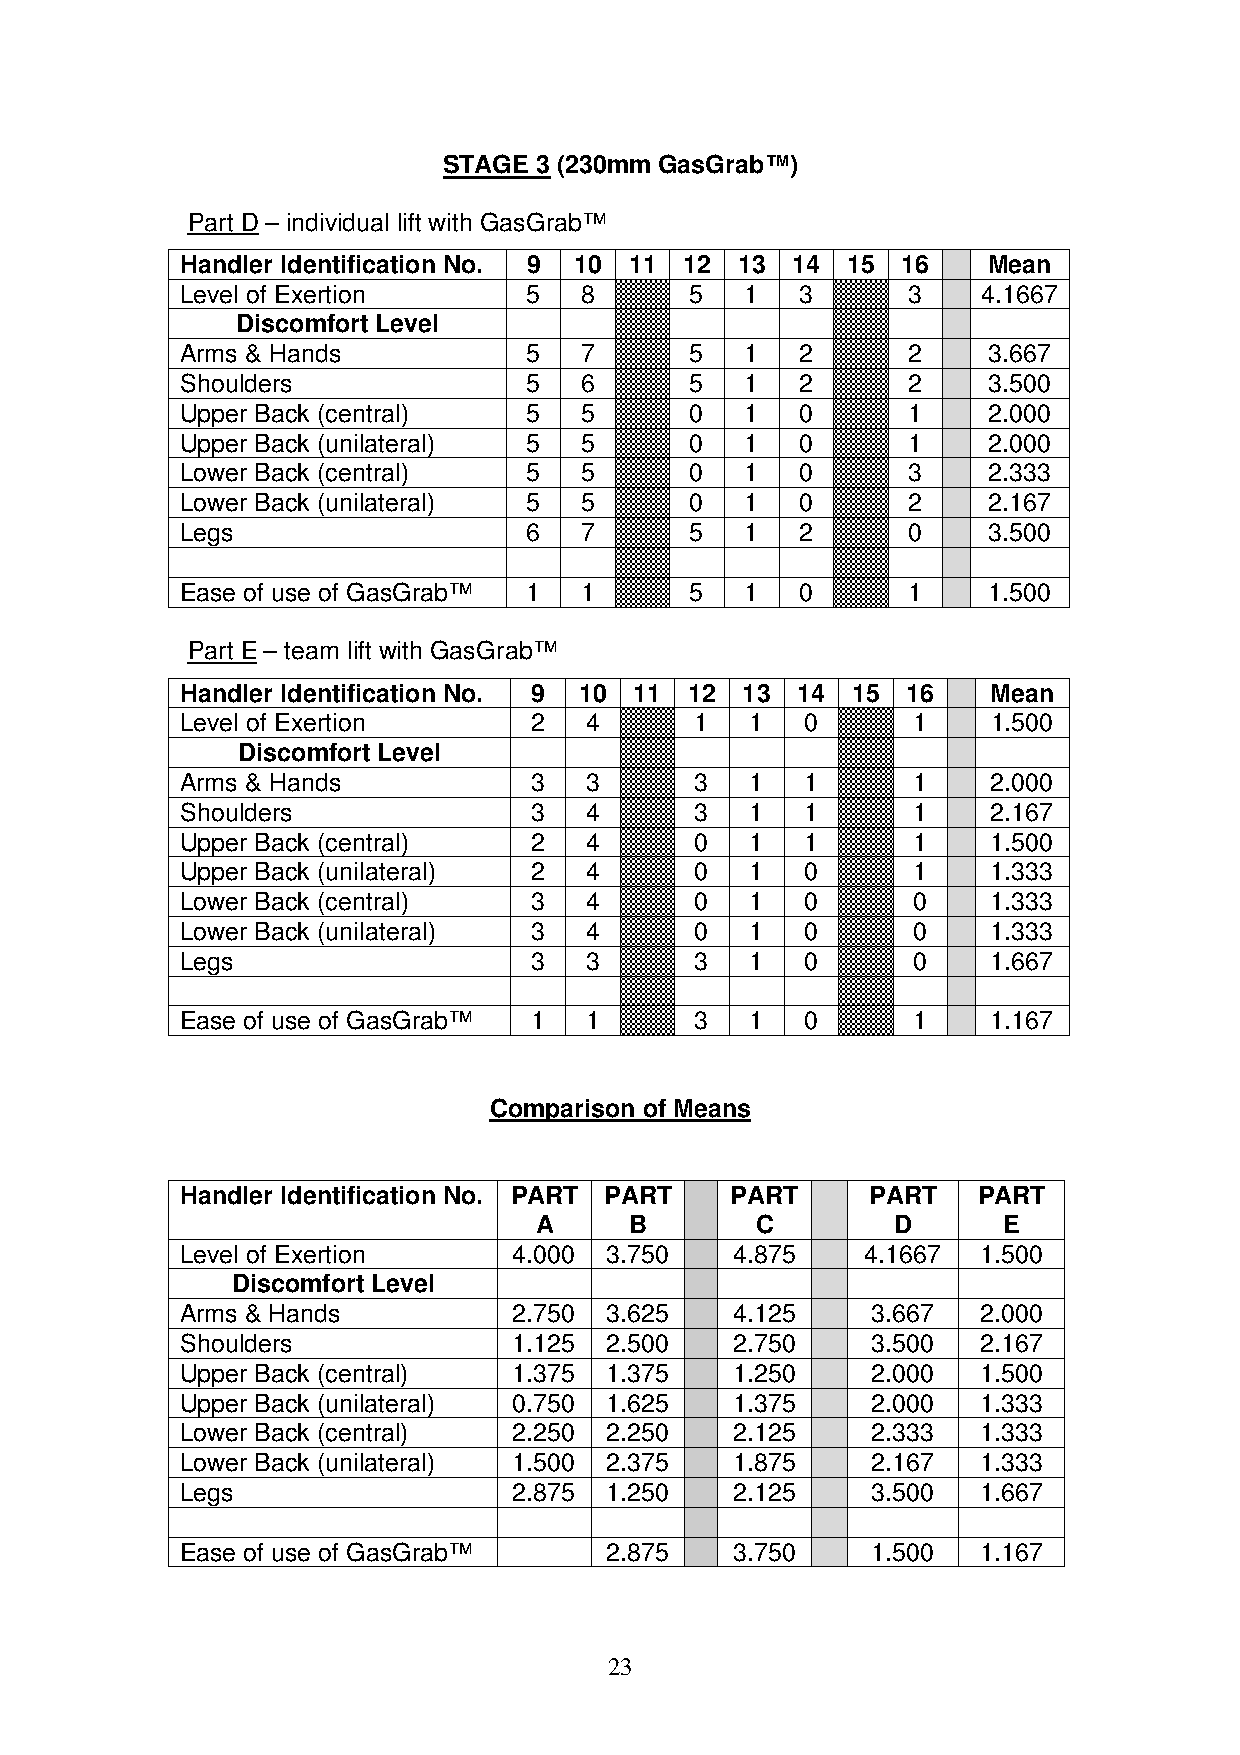
STAGE 3 (230mm GasGrab™)
 Part D – individual lift with GasGrab™
 Handler Identification No. 9 10 11 12 13 14 15  16   Mean
 Level of Exertion      5  8       5  1   3      3    4.1667
 Discomfort Level
 Arms & Hands           5  7       5  1   2      2    3.667
 Shoulders              5  6       5  1   2      2    3.500
 Upper Back (central)   5  5       0  1   0      1    2.000
 Upper Back (unilateral) 5 5       0  1   0      1    2.000
 Lower Back (central)   5  5       0  1   0      3    2.333
 Lower Back (unilateral) 5 5       0  1   0      2    2.167
 Legs                   6  7       5  1   2      0    3.500
 Ease of use of GasGrab™ 1 1       5  1   0      1    1.500
 Part E – team lift with GasGrab™
 Handler Identification No. 9 10 11 12 13 14 15  16    Mean
 Level of Exertion      2   4      1   1  0      1     1.500
 Discomfort Level
 Arms & Hands           3   3      3   1  1      1     2.000
 Shoulders              3   4      3   1  1      1     2.167
 Upper Back (central)   2   4      0   1  1      1     1.500
 Upper Back (unilateral) 2  4      0   1  0      1     1.333
 Lower Back (central)   3   4      0   1  0      0     1.333
 Lower Back (unilateral) 3  4      0   1  0      0     1.333
 Legs                   3   3      3   1  0      0     1.667
 Ease of use of GasGrab™ 1  1      3   1  0      1     1.167
 Comparison of Means
 Handler Identification No. PART PART PART     PART   PART
 A      B       C        D      E
 Level of Exertion     4.000 3.750    4.875   4.1667  1.500
 Discomfort Level
 Arms & Hands          2.750 3.625    4.125    3.667  2.000
 Shoulders             1.125 2.500    2.750    3.500  2.167
 Upper Back (central)  1.375 1.375    1.250    2.000  1.500
 Upper Back (unilateral) 0.750 1.625  1.375    2.000  1.333
 Lower Back (central)  2.250 2.250    2.125    2.333  1.333
 Lower Back (unilateral) 1.500 2.375  1.875    2.167  1.333
 Legs                  2.875 1.250    2.125    3.500  1.667
 Ease of use of GasGrab™     2.875    3.750    1.500  1.167
 23